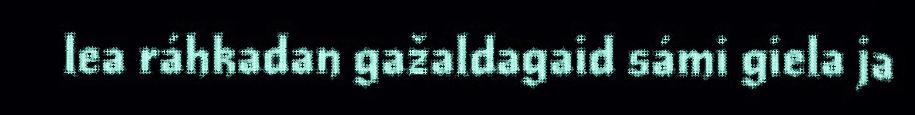
lea ráhkadan gažaldagaid sámi giela ja